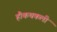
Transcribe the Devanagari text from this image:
हैं।कथकली